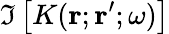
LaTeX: \Im\left[K({\mathbf r};{\mathbf r}^{\prime};\omega)\right]